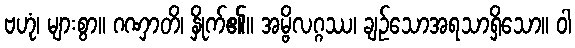
ဗဟုံ၊ များစွာ။ ဂဏှာတိ၊ နှိုက်၏။ အမ္ဗိလဂ္ဂဿ၊ ချဉ်သောအရသာရှိသော။ ဝါ